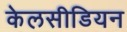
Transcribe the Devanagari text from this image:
केलसीडियन